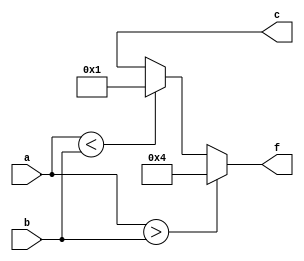
module four(f,a,b,c);
	parameter compare_width = 4;
	input [compare_width-1:0]a;//
	input [compare_width-1:0]b;
	output [3:0]f;//f
	output [3:0]c;//abc
	reg [3:0]f;
	always @(a or b or c) 
		if(a>b)
			f = 3 'b100;
		else if(a<b)
			f = 3 'b001;
		else
			f = c;
endmodule